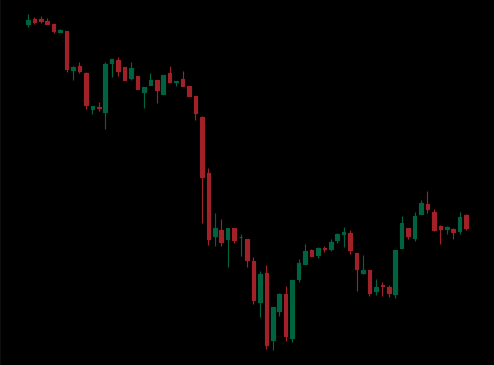
Pattern: bull_flag